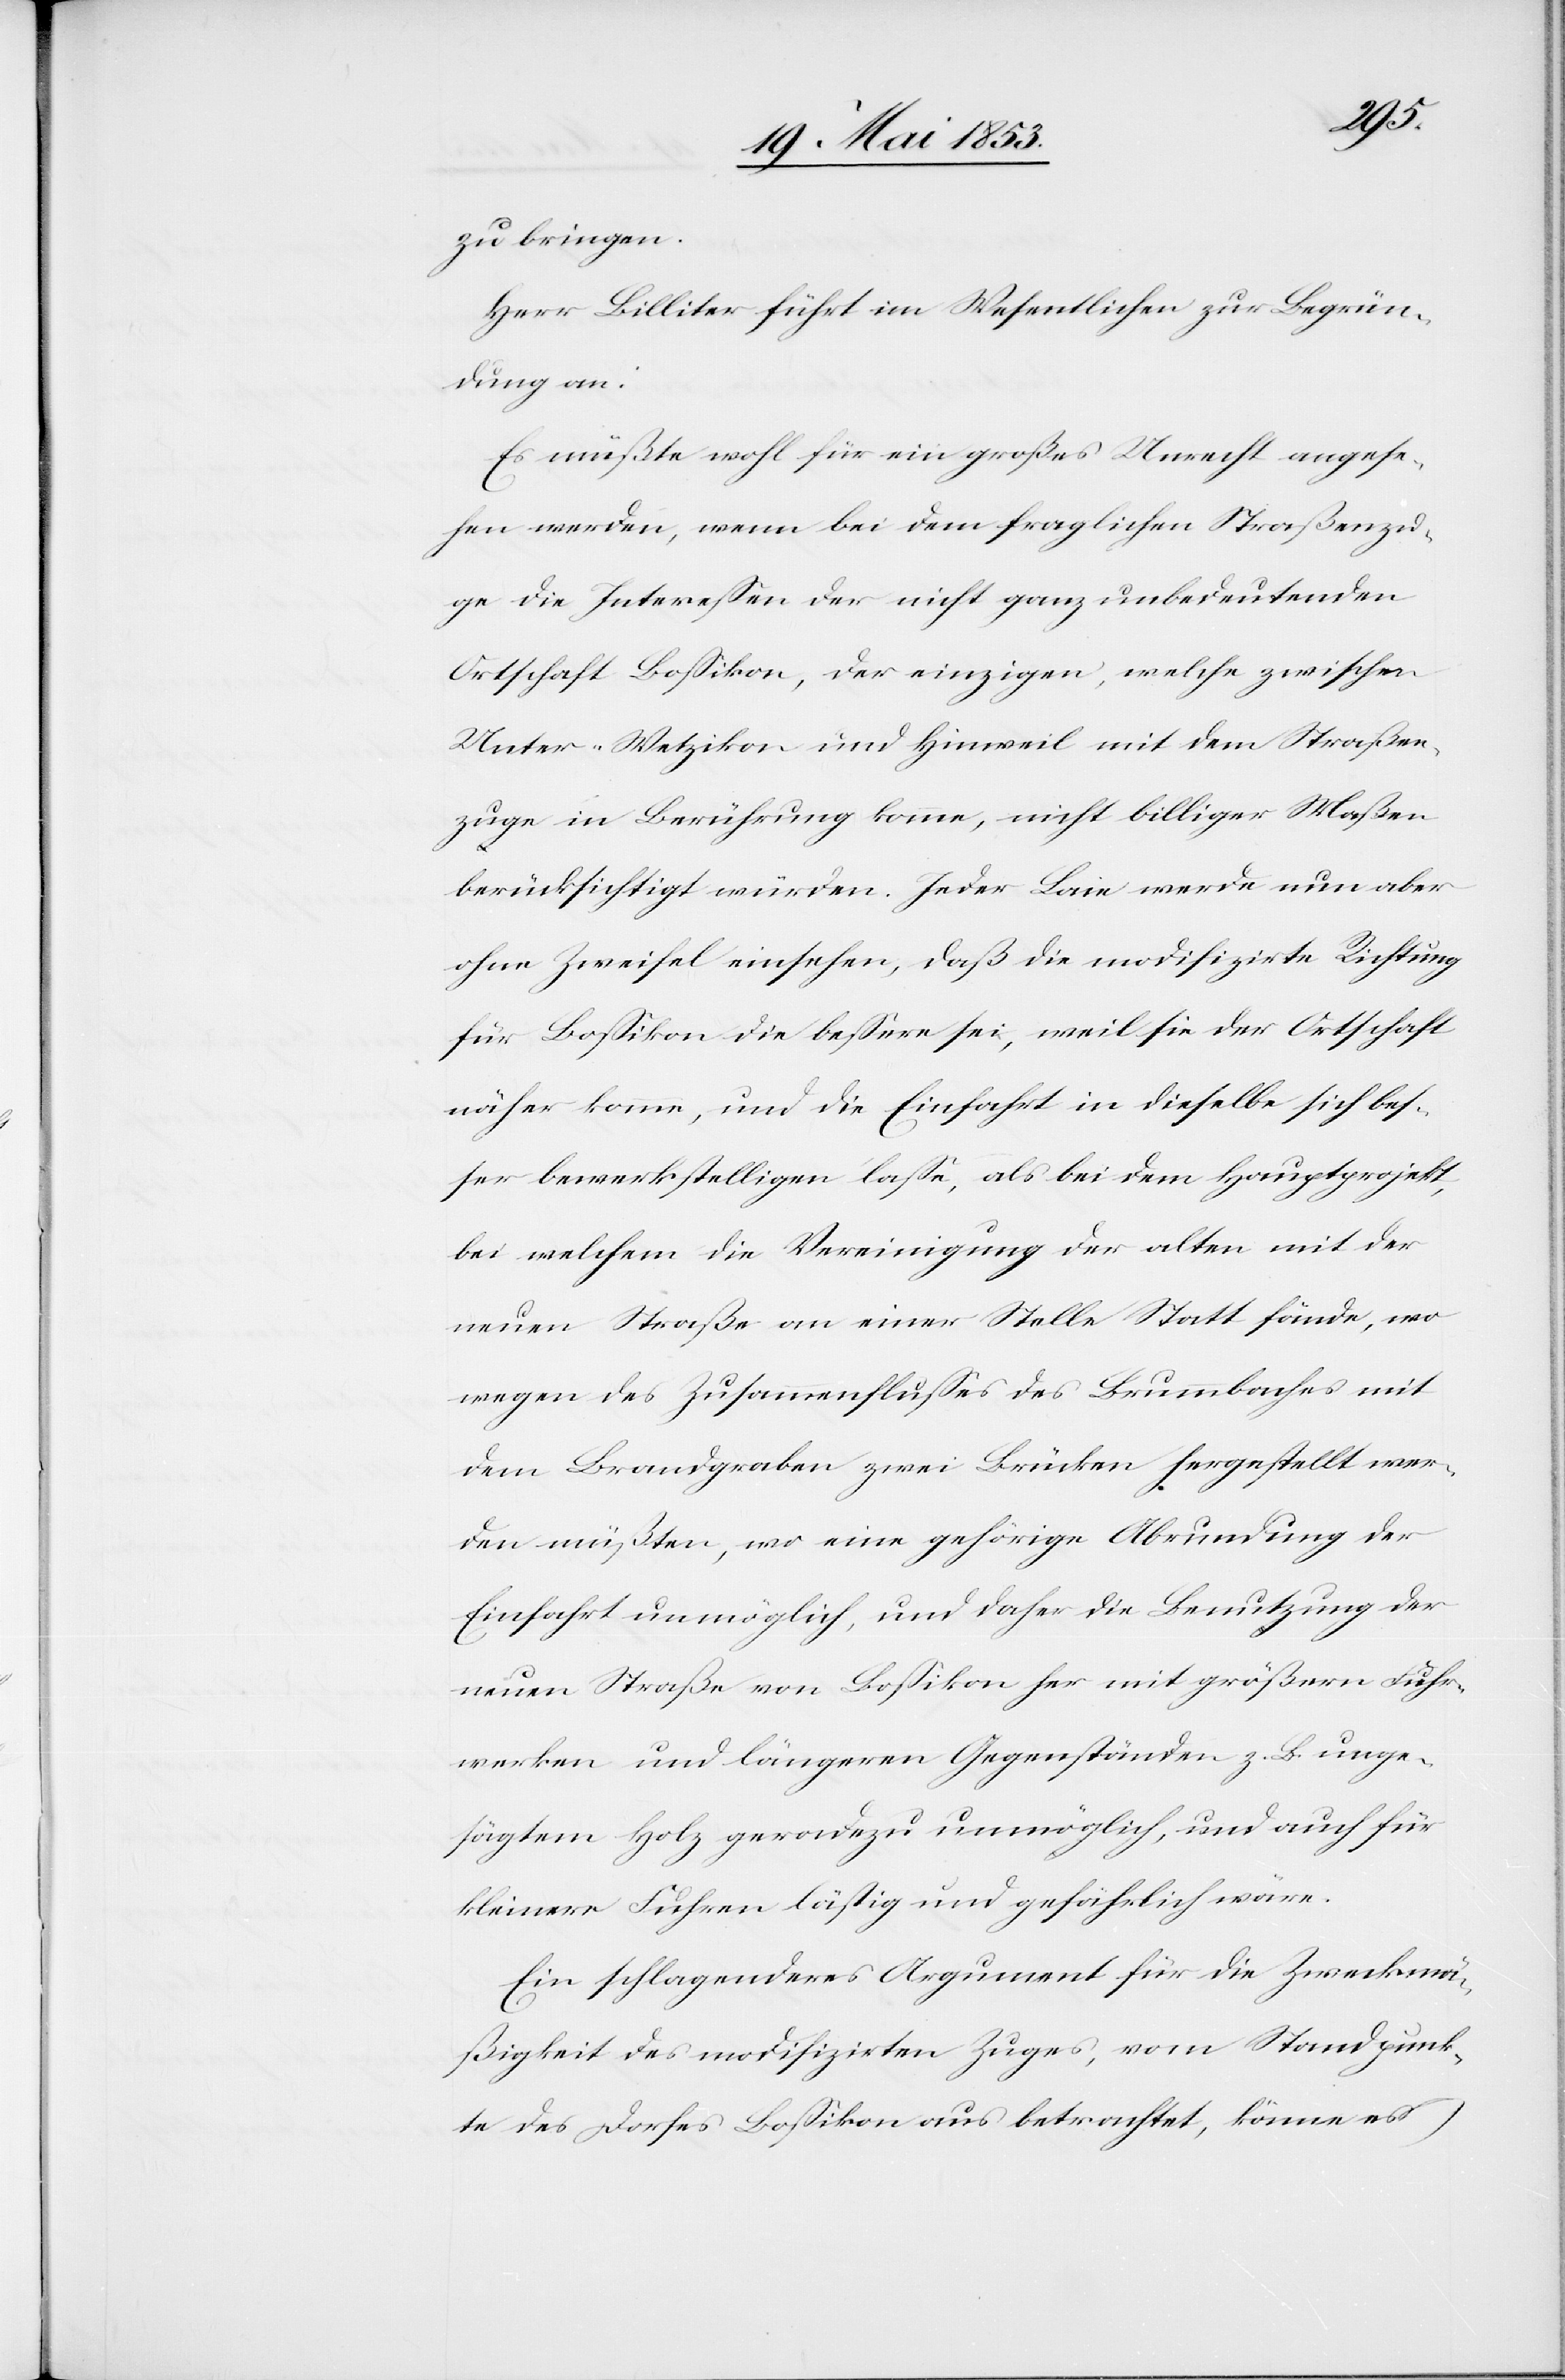
zu bringen.
Herr Billiter führt im Wesentlichen zur Begrün¬
dung an:
Es müßte wohl für ein großes Unrecht angese¬
hen werden, wenn bei dem fraglichen Straßenzu¬
ge die Intereßen der nicht ganz unbedeutenden
Ortschaft Boßikon, der einzigen, welche zwischen
Unter-Wetzikon und Hinweil mit dem Straßen¬
zuge in Berührung komme, nicht billiger Maßen
berücksichtigt würden. Jeder Laie werde nun aber
ohne Zweifel einsehen, daß die modifizirte Richtung
für Boßikon die beßere sei, weil sie der Ortschaft
näher komme, und die Einfahrt in dieselbe sich bes¬
ser bewerkstelligen laße als bei dem Hauptprojekt,
bei welchem die Vereinigung der alten mit der
neuen Straße an einer Stelle Statt fände, wo
wegen des Zusammenschlußes des Brummbaches mit
dem Brandgraben zwei Brücken hergestellt wer¬
den müßten, wo eine gehörige Abrundung der
Einfahrt unmöglich, und daher die Benutzung der
neuen Straße von Boßikon her mit größern Fuhr¬
werken und längern Gegenständen z. B. unge¬
sägtem Holz geradezu unmöglich, und auch für
kleinere Fuhren lästig und gefährlich wäre.
Ein schlagenderes Argument für die Zweckmä¬
ßigkeit des modifizirten Zuges, vom Standpunk¬
te des Dorfes Boßikon aus betrachtet, könne es